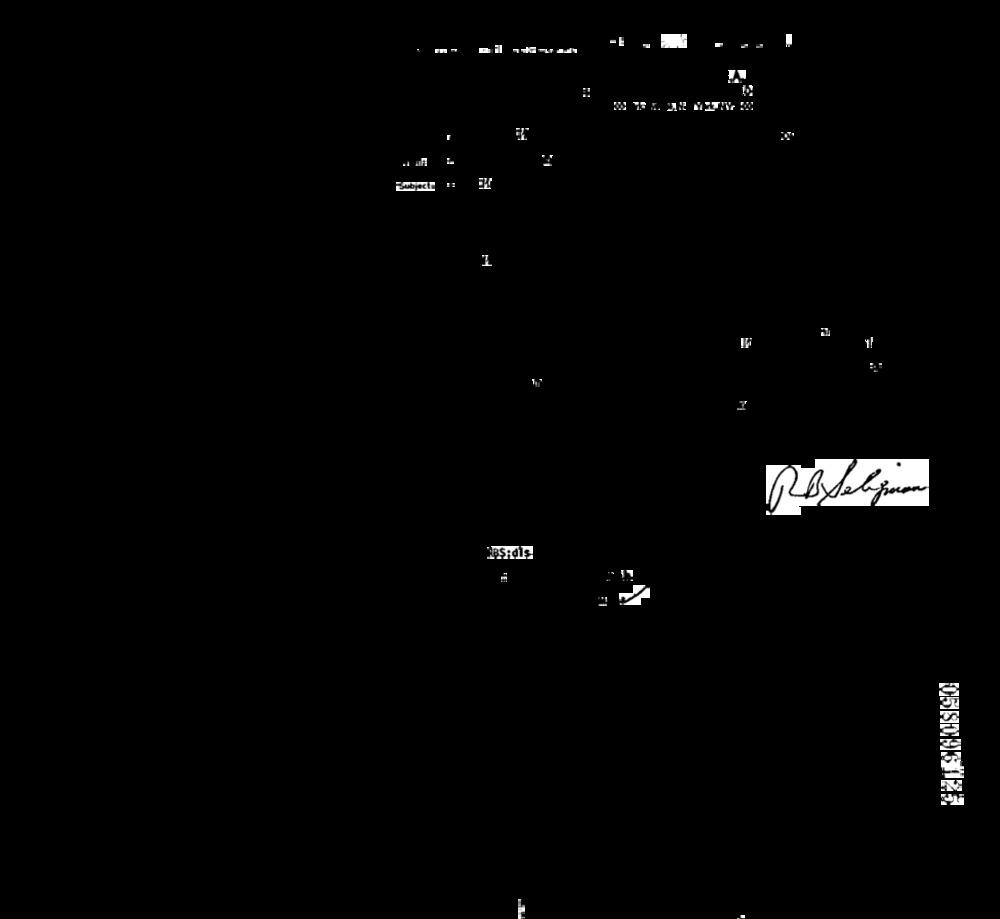
::
EL